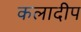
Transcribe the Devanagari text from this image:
कलादीप